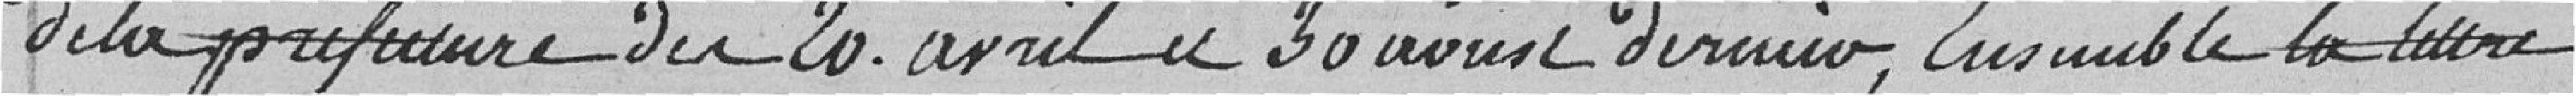
de la préfecture des 20 avril et 30 août dernier, ensemble la lettre